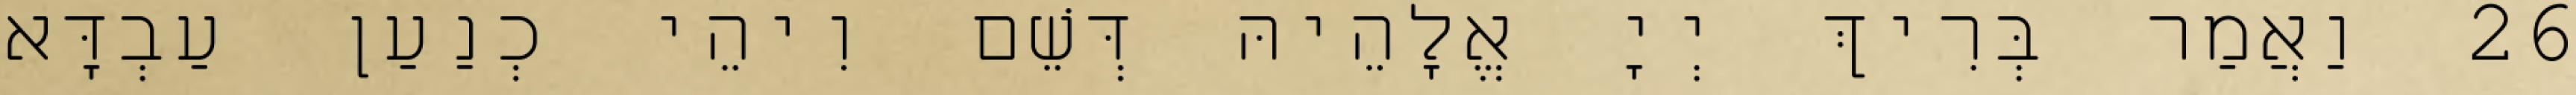
26 וַאֲמַר בְּרִיךְ יְיָ אֱלָהֵיהּ דְּשֵׁם וִיהֵי כְנַעַן עַבְדָּא